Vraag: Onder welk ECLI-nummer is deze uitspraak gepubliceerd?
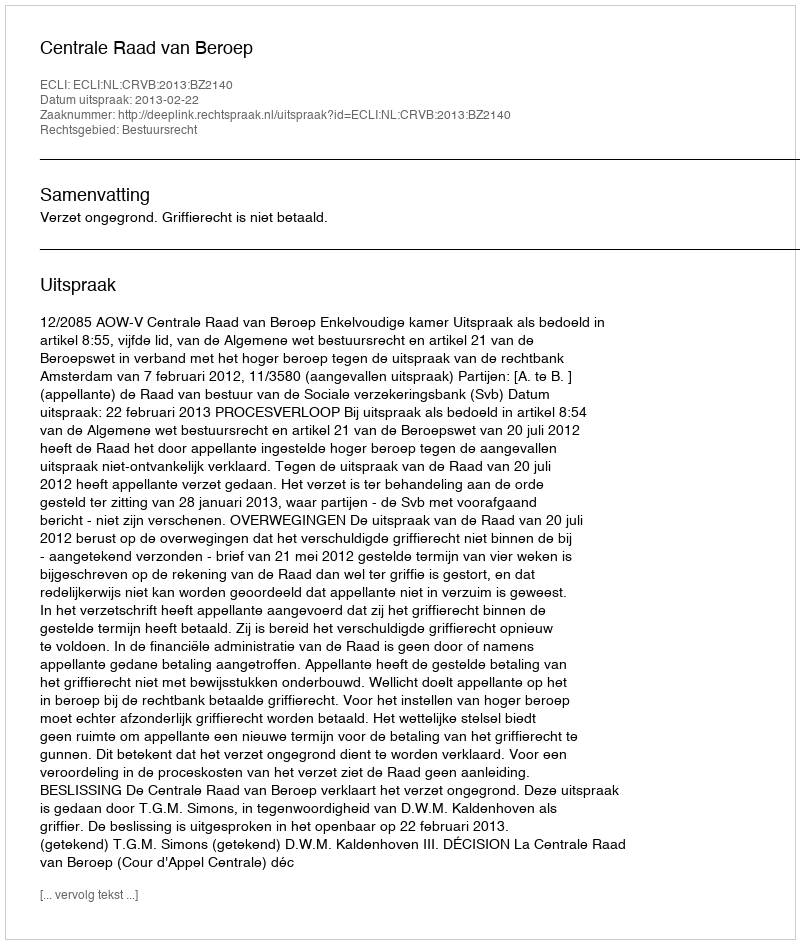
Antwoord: ECLI:NL:CRVB:2013:BZ2140